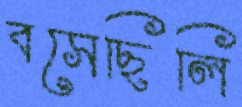
বসেছিলি